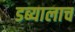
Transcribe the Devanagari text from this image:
डब्यालाच